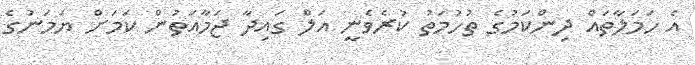
އެ ހަމަލާތައް ދިންކަމުގެ ތުހުމަތު ކުރެވެނީ އަލް ގައިދާ ޖަމާއަތުން ކަމަށް ޔަމަނުގެ